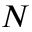
N